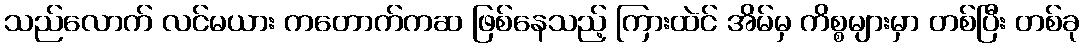
သည်လောက် လင်မယား ကတောက်ကဆ ဖြစ်နေသည့် ကြားထဲင် အိမ်မှ ကိစ္စများမှာ တစ်ပြီး တစ်ခု